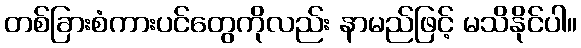
တစ်ခြားစံကားပင်တွေကိုလည်း နာမည်ဖြင့် မသိနိုင်ပါ။